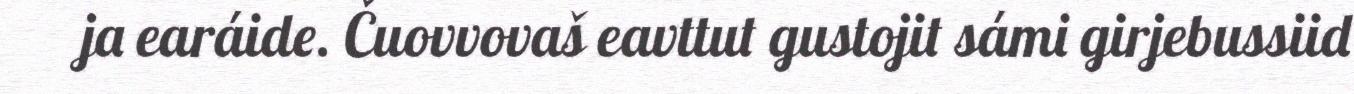
ja earáide. Čuovvovaš eavttut gustojit sámi girjebussiid